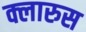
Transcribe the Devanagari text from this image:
क्लारुस